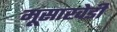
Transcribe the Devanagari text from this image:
मूसाखेडी